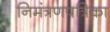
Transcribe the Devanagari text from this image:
निमंत्रणपत्रिका